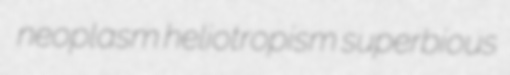
neoplasm heliotropism superbious